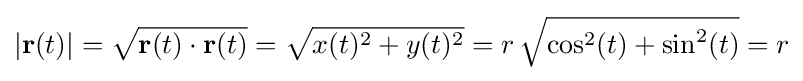
|\mathbf {r} (t)|={\sqrt {\mathbf {r} (t)\cdot \mathbf {r} (t)}}={\sqrt {x(t)^{2}+y(t)^{2}}}=r\,{\sqrt {\cos ^{2}(t)+\sin ^{2}(t)}}=r